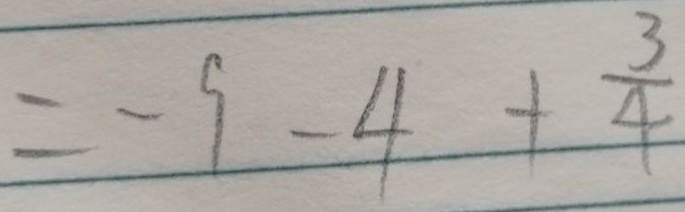
= - 9 - 4 + \frac { 3 } { 4 }